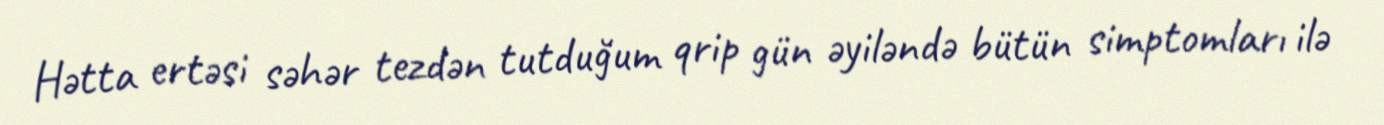
Hətta ertəsi səhər tezdən tutduğum qrip gün əyiləndə bütün simptomları ilə